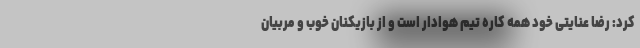
کرد: رضا عنایتی خود همه کاره تیم هوادار است و از بازیکنان خوب و مربیان